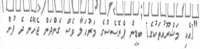
"[އެކި މަޝްރޫއުތަކުގެ] ބިޑިން ޕްރޮސެސްގެ މަރުހަލާ ވެސް ގެންދަން ޖެހޭނެ ދެ ފުށް